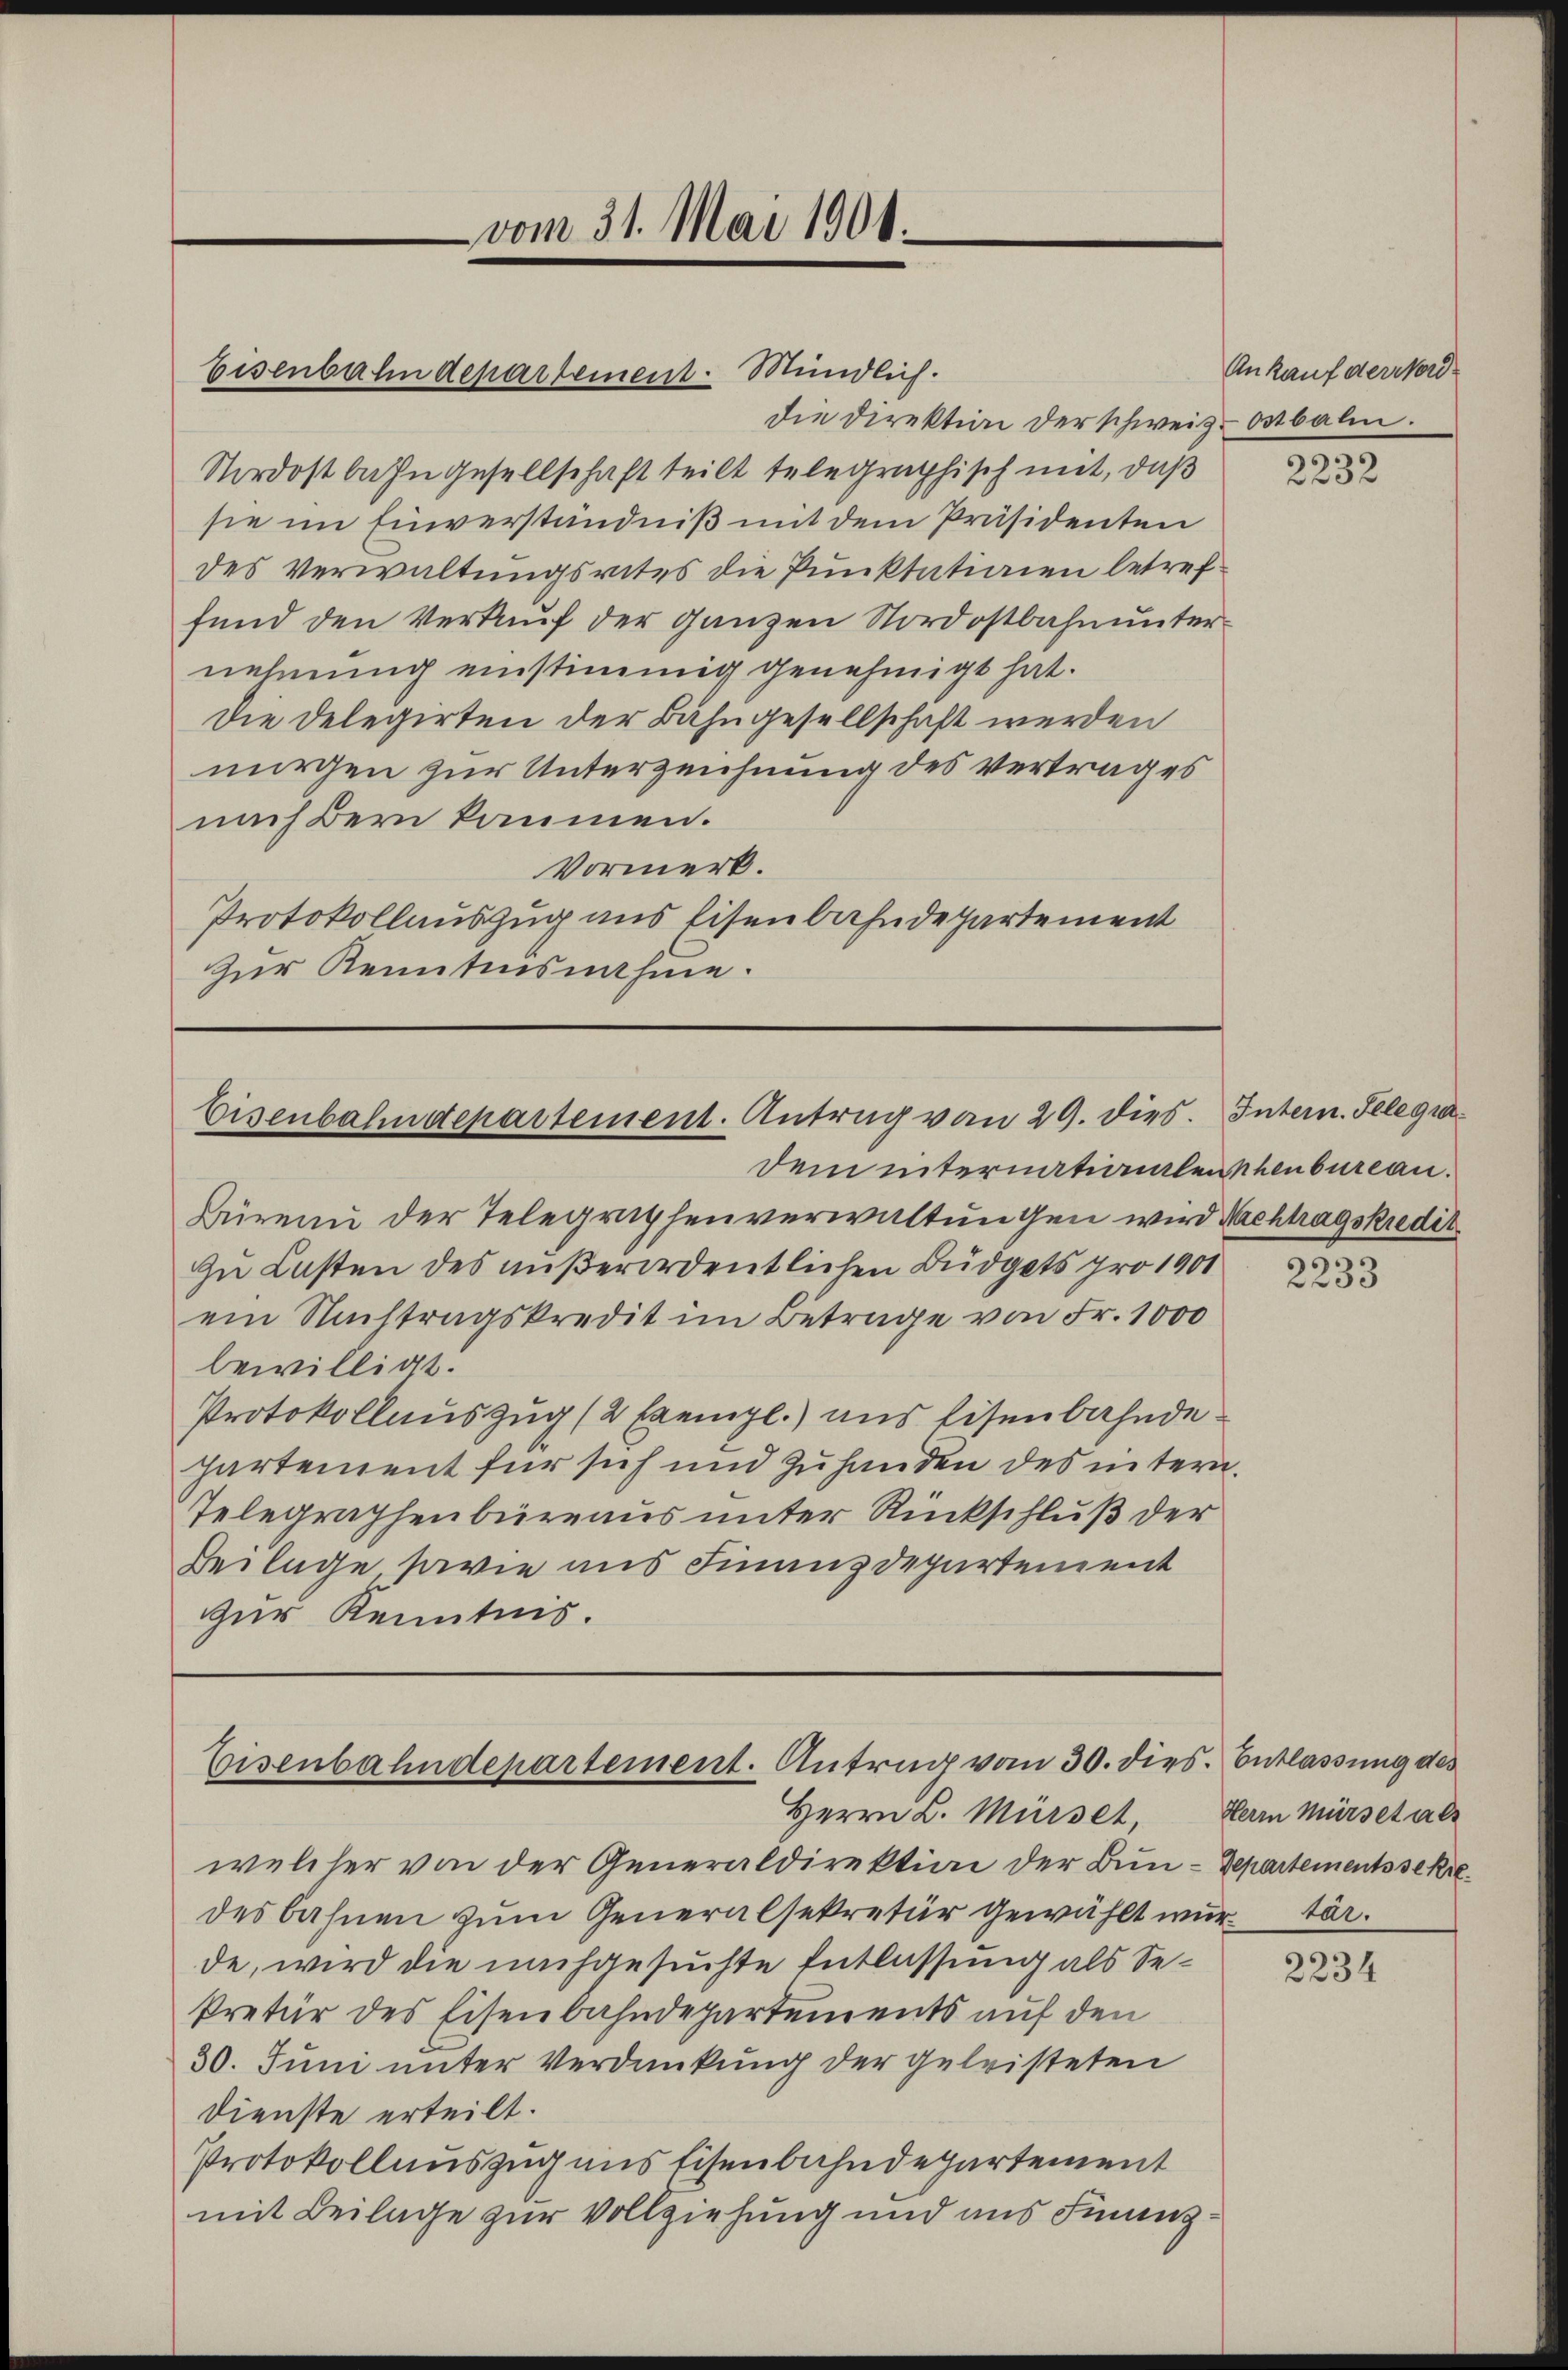
vom 31. Mai 1906.

Eisenbahndepartement. Mündlich.

Eisenbahndepartement. Antrag von 29. dies. Intern. Telegra¬

die Direktion der schweiz. Ostbalin.
Nordostbahngesellschaft teilt telegraphisch mit, daß
sie im Einverständniß mit dem Präsidenten
des Verwaltungsrates die Punktationen betreffund den Verkauf der ganzen Nordostbahnunternehmung einstimmig genehmigt hat.
Die Delegirten der Bahngesellschaft werden
nirgen zur Unterzeichnung des Vertrages
nach Bern kommen.
Vormerk.
Protokollauszug aus Eisenbahndepartement
zur Kenntnisnahme.

dem internationalen henbureau.
Büreni der Telegraphenverwaltungen wird Nachtragskredit
zu Lasten des außerordentlichen Büdgets pro 1901
ein Nachtragskredit im Betrage von Fr. 1000
bewilligt.
Protokollauszug (2 Exempl.) aus Eisenbahnde
partement für sich und zuhanden des intern.
Telegraphenbüreaus unter Rückschluß der
Beilage, sowie aus Finanzdepartement
zur Kenntnis.

Eisenbahndepartement. Antrag vom 30. dies. Entlassung des
Herrn L. Mürset,

welcher von der Generaldirektion der Bun-Departementssekredes bahnen zum Generalsekretär gewählt würtär.
de, wird die nachgesuchte Entlassung als Sekretär des Eisenbahndepartements auf den
30. Juni unter Verdankung der geleisteten
Dienste erteilt.
Protokollauszug aus Eisenbahndepartement
mit Beilage zur Vollziehung und aus Finanz¬

Ankauf der Nord¬

2232

2233

Herrn Mürs et als

2234